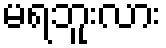
မရဘူးလား